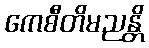
ကေစီတိမညန္တိ